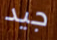
جيد